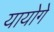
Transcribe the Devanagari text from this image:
यायोगे